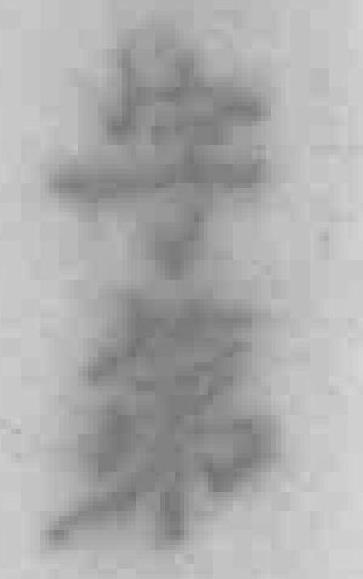
字第